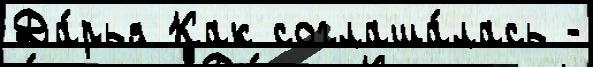
Да́рья Как соглаша́лась -